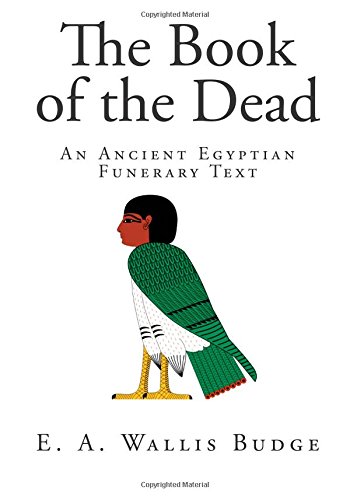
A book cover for The Book of the Dead: An Ancient Egyptian Funerary Text; E. A. Wallis Budge; Religion & Spirituality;